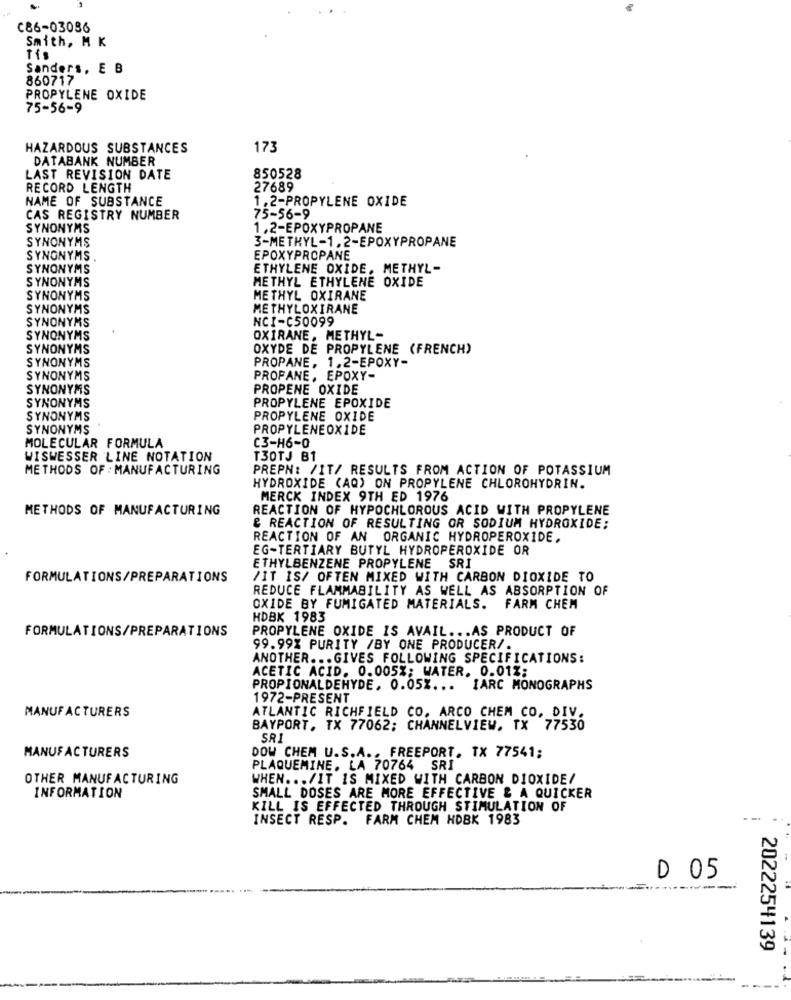
C86-03086
Smith, M K
Tis
Sanders, E B
860717
PROPYLENE OXIDE
75-56-9
HAZARDOUS SUBSTANCES
173
DATABANK NUMBER
LAST REVISION DATE
850528
RECORD LENGTH
27689
NAME OF SUBSTANCE
1.2-PROPYLENE OXIDE
CAS REGISTRY NUMBER
75-56-9
SYNONYMS
1.2-EPOXYPROPANE
SYNONYMS
3-METHYL-1.2-EPOXYPROPANE
SYNONYMS
EPOXYPROPANE
SYNONYMS
ETHYLENE OXIDE, METHYL-
SYNONYMS
METHYL ETHYLENE OXIDE
SYNONYMS
METHYL OXIRANE
SYNONYMS
METHYLOXIRANE
SYNONYMS
NCI-C50099
SYNONYMS
OXIRANE, METHYL-
SYNONYMS
OXYDE DE PROPYLENE (FRENCH)
PROPANE. 1.2-EPOXY-
SYNONYMS
SYNONYMS
PROFANE, EPOXY-
SYNONYMS
PROPENE OXIDE
SYNONYMS
PROPYLENE EPOXIDE
SYNONYMS
PROPYLENE OXIDE
SYNONYMS
PROPYLENEOXIDE
C3-H6-0
MOLECULAR FORMULA
WISWESSER LINE NOTATION
T30TJ B1
METHODS OF : MANUFACTURING
PREPN: /IT/ RESULTS FROM ACTION OF POTASSIUM
HYDROXIDE (AQ) ON PROPYLENE CHLOROHYDRIN.
MERCK INDEX 9TH ED 1976
METHODS OF MANUFACTURING
REACTION OF HYPOCHLOROUS ACID WITH PROPYLENE
& REACTION OF RESULTING OR SODIUM HYDROXIDE;
REACTION OF AN ORGANIC HYDROPEROXIDE,
EG-TERTIARY BUTYL HYDROPEROXIDE OR
ETHYLBENZENE PROPYLENE SRI
FORMULATIONS/PREPARATIONS
/IT IS/ OFTEN MIXED WITH CARBON DIOXIDE TO
REDUCE FLAMMABILITY AS WELL AS ABSORPTION OF
OXIDE BY FUMIGATED MATERIALS. FARM CHEM
HDBK 1983
FORMULATIONS/PREPARATIONS
PROPYLENE OXIDE IS AVAIL ... AS PRODUCT OF
99.99% PURITY /BY ONE PRODUCER/.
ANOTHER ... GIVES FOLLOWING SPECIFICATIONS:
ACETIC ACID. 0.005%; WATER. 0.01%;
PROPIONALDEHYDE, 0.05% ... IARC MONOGRAPHS
1972-PRESENT
MANUFACTURERS
ATLANTIC RICHFIELD CO, ARCO CHEM CO. DIV.
BAYPORT, TX 77062; CHANNELVIEW, TX 77530
SRI
MANUFACTURERS
DOW CHEM U.S.A ., FREEPORT, TX 77541;
PLAQUEMINE. LA 70764 SRI
OTHER MANUFACTURING
WHEN ... /IT IS MIXED WITH CARBON DIOXIDE/
INFORMATION
SMALL DOSES ARE MORE EFFECTIVE & A QUICKER
KILL IS EFFECTED THROUGH STIMULATION OF
INSECT RESP. FARM CHEM HDBK 1983
D 05
2022254139